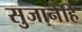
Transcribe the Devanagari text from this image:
सुजानेहि